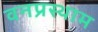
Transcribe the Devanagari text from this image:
वनप्रस्थाम